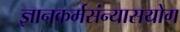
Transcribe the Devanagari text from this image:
ज्ञानकर्मसंन्यासयोग